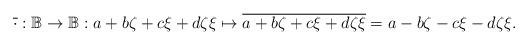
LaTeX: \begin{align*}\overline{\cdot}:\mathbb{B}\to\mathbb{B}:a+b\zeta+c\xi+d\zeta\xi\mapsto\overline{a+b\zeta+c\xi+d\zeta\xi}=a-b\zeta-c\xi-d\zeta\xi.\end{align*}